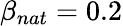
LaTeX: \beta_{nat}=0.2